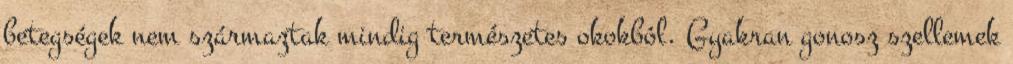
betegségek nem származtak mindig természetes okokból. Gyakran gonosz szellemek